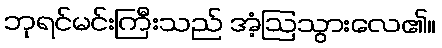
ဘုရင်မင်းကြီးသည် အံ့ဩသွားလေ၏။